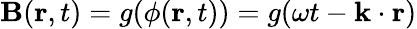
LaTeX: \mathbf{B}(\mathbf{r},t)=g(\phi(\mathbf{r},t))=g(\omega t-\mathbf{k}\cdot\mathbf{r})